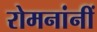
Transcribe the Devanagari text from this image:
रोमनांनीं